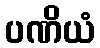
ပဏိယံ